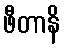
ဖီတာနိ